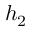
h _ { 2 }